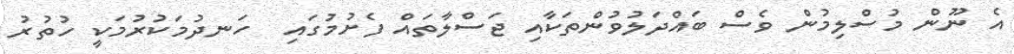
އެ ނޫން މުސްލިމުން ވެސް ބައްދަލުވުންތަކާއި ޖަސްލާތައް ފެށުމުގައި  ހަނދުމަކުރުމަކީ ހުތުރު